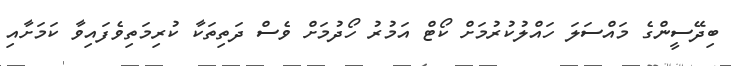
ބިދޭސީންގެ މައްސަލަ ހައްލުކުރުމަށް ކޯޓް އަމުރު ހޯދުމަށް ވެސް ދަތިތަކާ ކުރިމަތިވެފައިވާ ކަމަށާއި